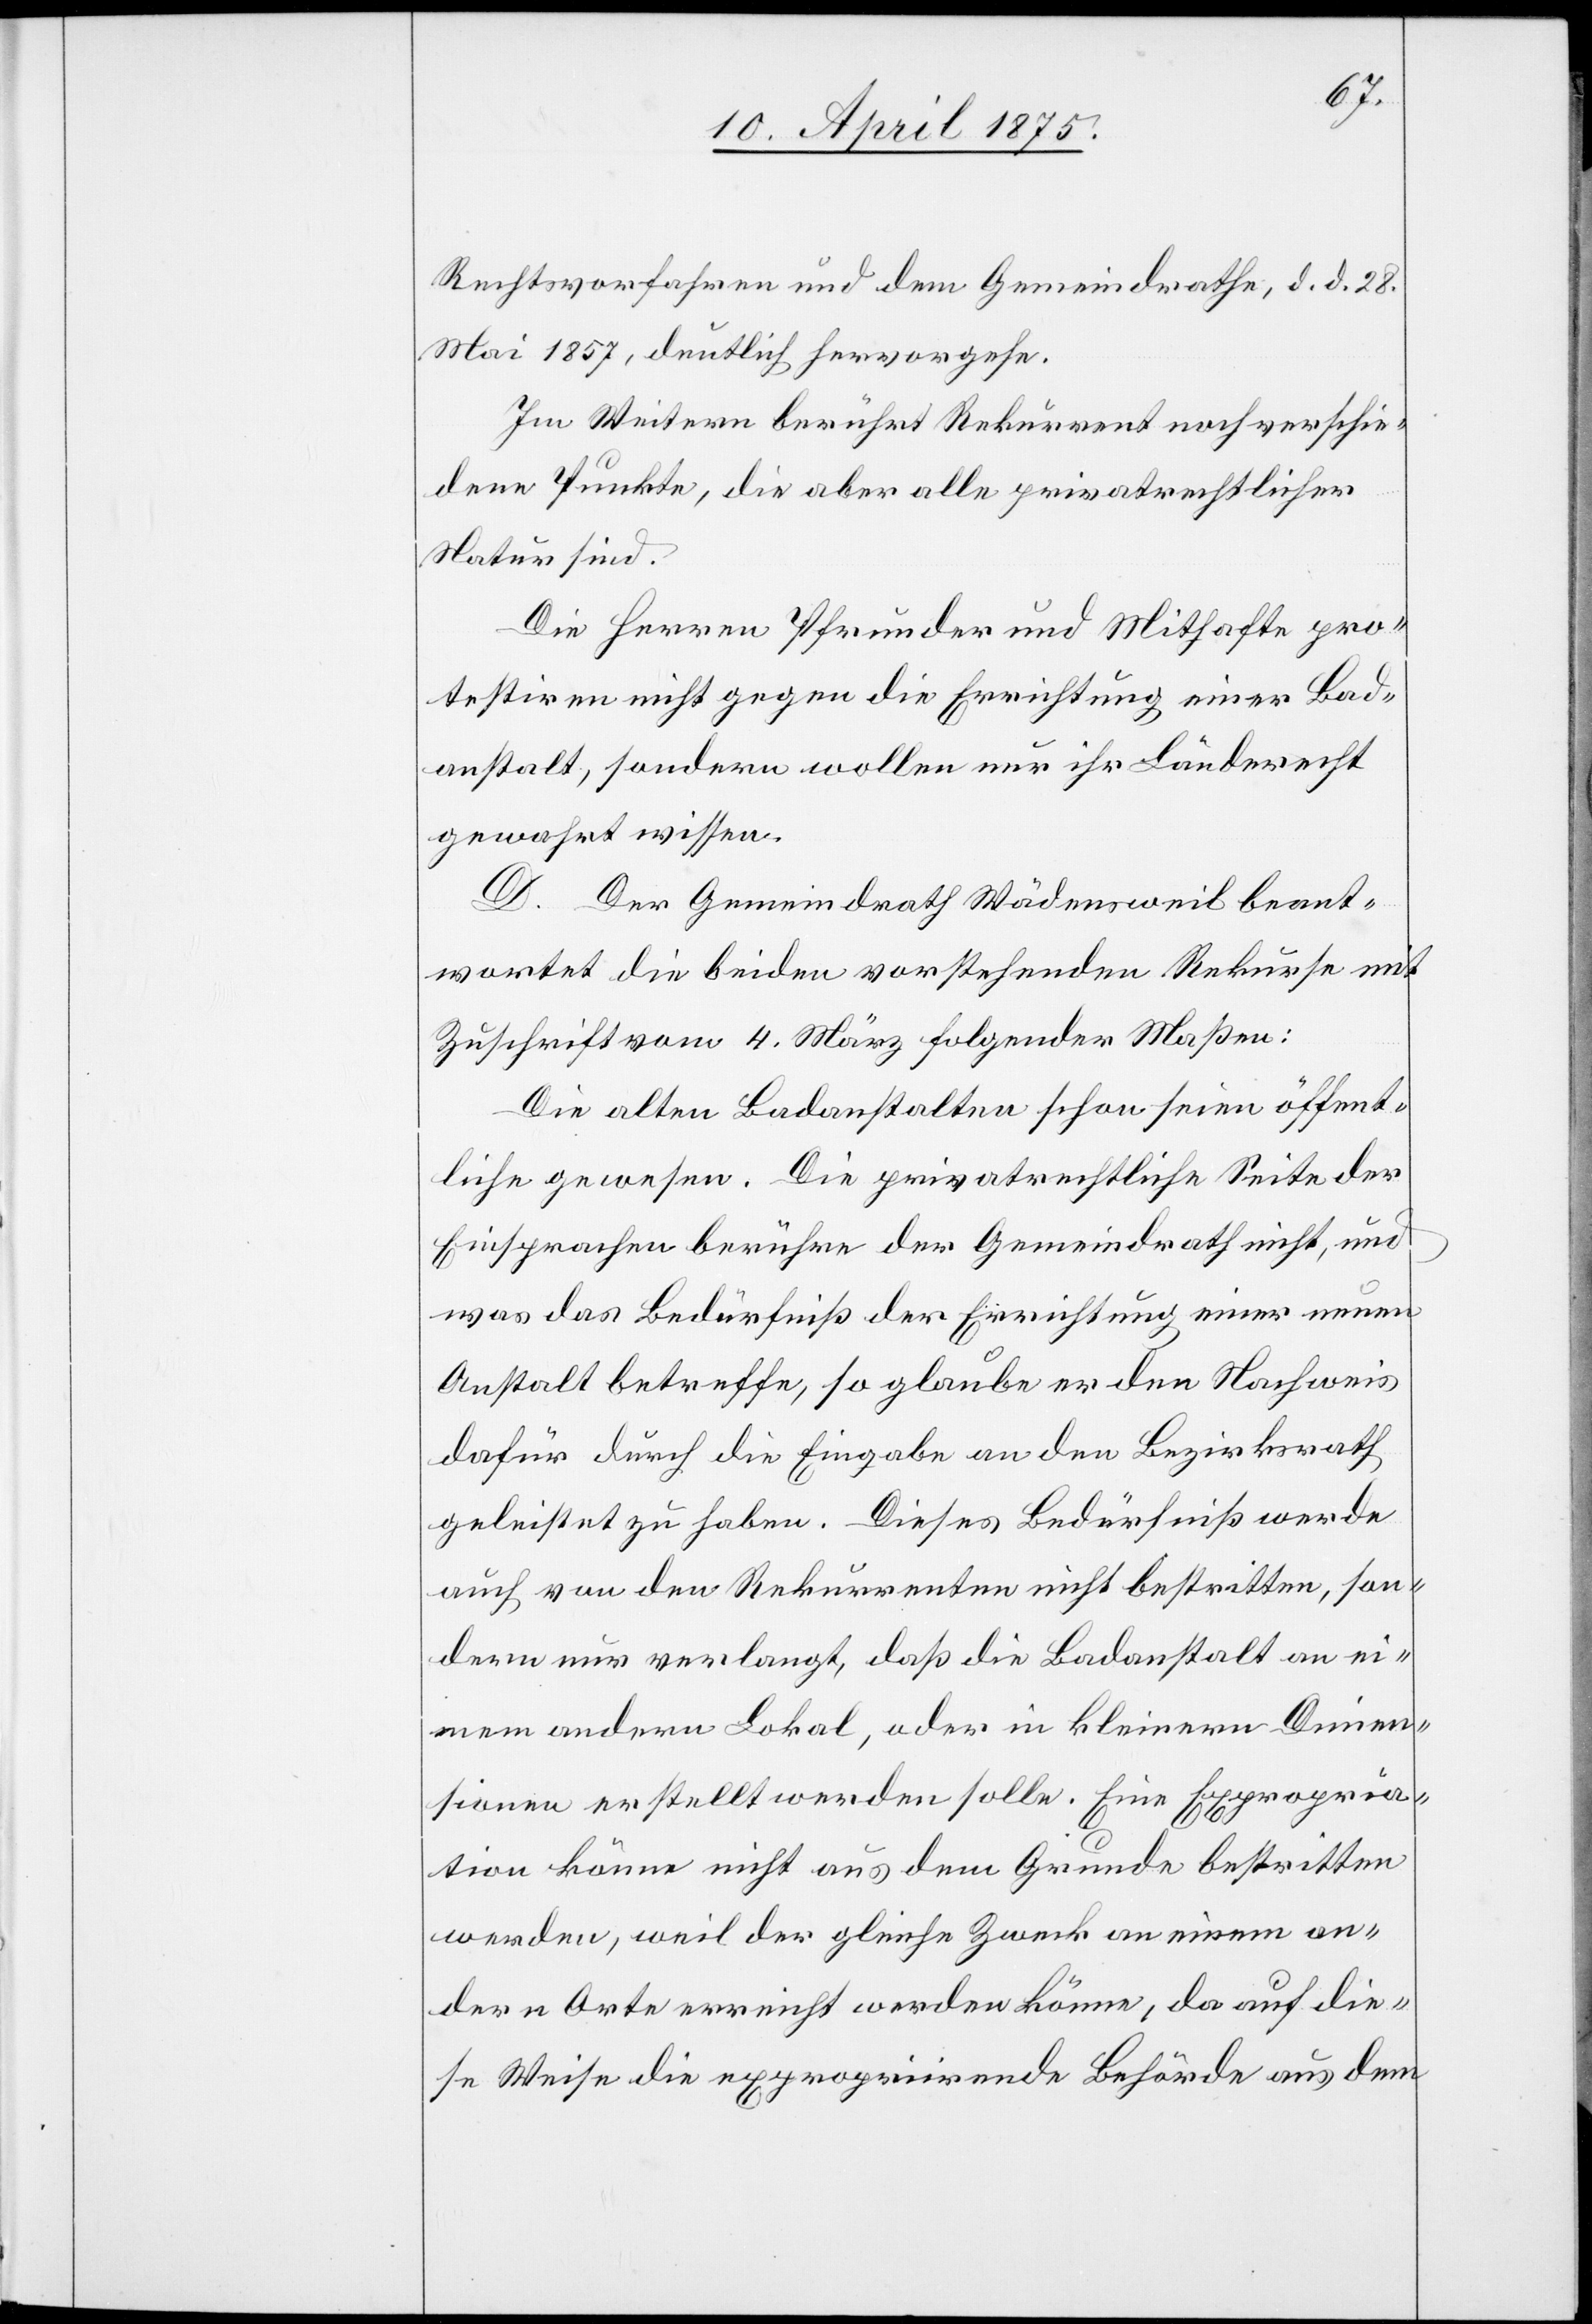
Rechtsvorfahren und dem Gemeindrathe, d. d. 28.
Mai 1857, deutlich hervorgehe.
Im Weitern berührt Rekurrent noch verschie¬
dene Punkte, die aber alle privatrechtlicher
Natur sind.
Die Herren Pfrunder und Mithafte pro¬
testiren nicht gegen die Errichtung einer Bade¬
anstalt, sondern wollen nur ihr Länder[r]echt
gewahrt wissen.
D. Der Gemeindrath Wädensweil beant¬
wortet die beiden vorstehenden Rekurse mit
Zuschrift vom 4. März folgender Maßen:
Die alten Badeanstalten schon seien öffent¬
liche gewesen. Die privatrechtliche Seite der
Einsprachen berühre der Gemeindrath nicht, und
was das Bedürfniß der Errichtung einer neuen
Anstalt betreffe, so glaube er den Nachweis
dafür durch die Eingabe an den Bezirksrath
geleistet zu haben. Dieses Bedürfniß werde
auch von den Rekurrenten nicht bestritten, son¬
dern nur verlangt, daß die Badeanstalt an ei¬
nem andern Lokal, oder in kleinern Dimen¬
sionen erstellt werden solle. Eine Expropria¬
tion könne nicht aus dem Grunde bestritten
werden, weil der gleiche Zweck an einem an¬
dern Orte erreicht werden könne, da auf die¬
se Weise die expropriirende Behörde aus dem